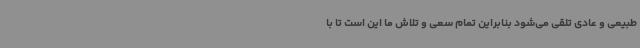
طبیعی و عادی تلقی می‌شود بنابراین تمام سعی و تلاش ما این است تا با